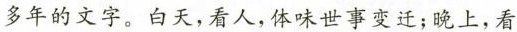
多年的文字。白天，看人，体味世事变迁；晚上，看